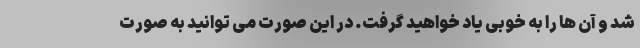
شد و آن ها را به خوبی یاد خواهید گرفت. در این صورت می توانید به صورت